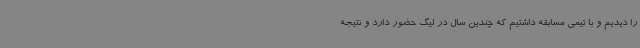
را دیدیم و با تیمی مسابقه داشتیم که چندین سال در لیگ حضور دارد و نتیجه